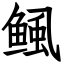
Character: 鲺